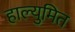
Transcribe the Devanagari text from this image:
हाल्युमित